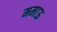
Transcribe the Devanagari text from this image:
ममाऊ